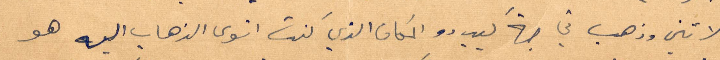
بلاتين وذهب في جهة كيبيدو المكان الذي كنت انوي الذهاب اليه هو